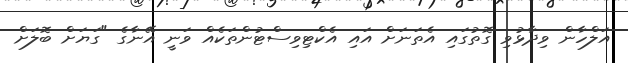
އަލްހާން ވިދާޅުވި ގޮތުގައި އެތަނަށް އައި އެކްޓިވިސްޓުންތަކެއް ވަނީ އޭނާގެ "ގަޔަށް ބޮލަށް